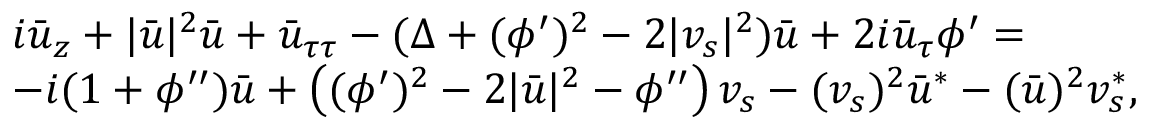
\begin{array} { r l } & { i \bar { u } _ { z } + | \bar { u } | ^ { 2 } \bar { u } + \bar { u } _ { \tau \tau } - ( \Delta + ( \phi ^ { \prime } ) ^ { 2 } - 2 | v _ { s } | ^ { 2 } ) \bar { u } + 2 i \bar { u } _ { \tau } \phi ^ { \prime } = } \\ & { - i ( 1 + \phi ^ { \prime \prime } ) \bar { u } + \left( ( \phi ^ { \prime } ) ^ { 2 } - 2 | \bar { u } | ^ { 2 } - \phi ^ { \prime \prime } \right) v _ { s } - ( v _ { s } ) ^ { 2 } \bar { u } ^ { * } - ( \bar { u } ) ^ { 2 } v _ { s } ^ { * } , } \end{array}